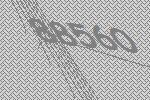
88560